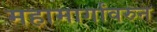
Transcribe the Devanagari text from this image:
महामार्गांवरुन